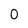
Character: 0